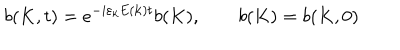
LaTeX: b ( K , t ) = e ^ { - i \varepsilon _ { k } E ( { \bf k } ) t } b ( K ) , \qquad b ( K ) = b ( K , 0 )